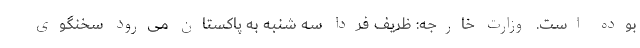
بوده است. وزارت خارجه: ظریف فردا سه شنبه به پاکستان می‌رود سخنگوی